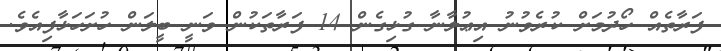
ފަރާތެއް ހޯދުމަށް ކުރެވުނު އިޢުލާނާ ގުޅިގެން 14 ފަރާތަކުން ވަނީ ބީލަން ހުށަހަޅާފިއެވެ.